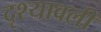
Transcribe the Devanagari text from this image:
दृश्‍यावली